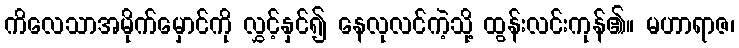
ကိလေသာအမိုက်မှောင်ကို လွှင့်နှင်၍ နေလုလင်ကဲ့သို့ ထွန်းလင်းကုန်၏။ မဟာရာဇ၊